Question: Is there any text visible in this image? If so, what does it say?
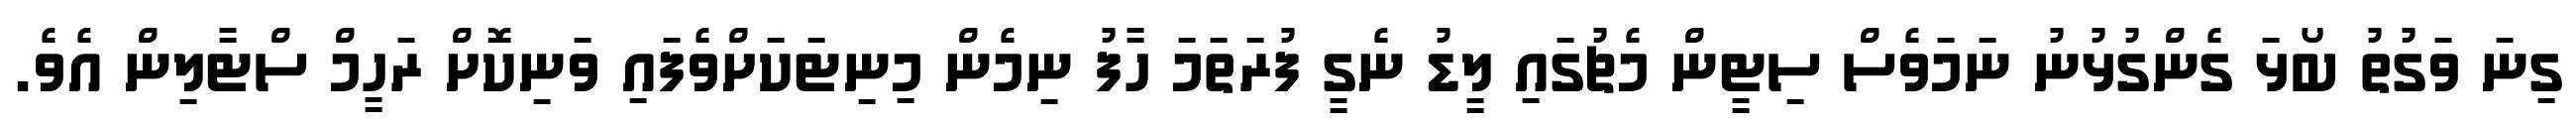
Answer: ގިނަ ވަގުތު ބޯޅަ ގެންގުޅުނު ނަމަވެސް ސިޓީން މެޗުގައި ލީޑު ނެގީ ފުރަތަމަ ހާފު ނިމެން މިނިޓަކަށްވެފައި ވަނިކޮށް ރަހީމް ސްޓާލިން އެވެ.